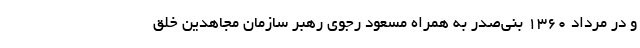
و در مرداد ۱۳۶۰ بنی‌صدر به همراه مسعود رجوی رهبر سازمان مجاهدین خلق